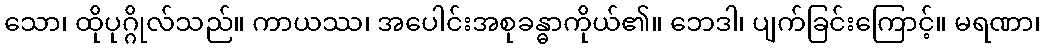
သော၊ ထိုပုဂ္ဂိုလ်သည်။ ကာယဿ၊ အပေါင်းအစုခန္ဓာကိုယ်၏။ ဘေဒါ၊ ပျက်ခြင်းကြောင့်။ မရဏာ၊